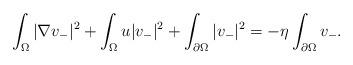
LaTeX: \begin{align*} \int_{\Omega}|\nabla v_{-}|^{2}+ \int_{\Omega}u |v_{-}|^{2}+\int_{\partial \Omega }|v_{-}|^{2}=-\eta\int_{\partial \Omega }v_{-}. \end{align*}